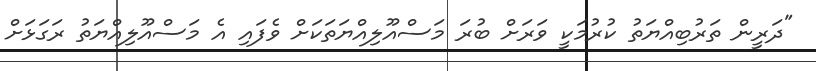
"ދަރީން ތަރުބިއްޔަތު ކުރުމަކީ ވަރަށް ބުރަ މަސްއޫލިއްޔަތަކަށް ވެފައި އެ މަސްއޫލިއްޔަތު ރަގަޅަށް